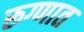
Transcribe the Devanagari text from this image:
रूग्णात